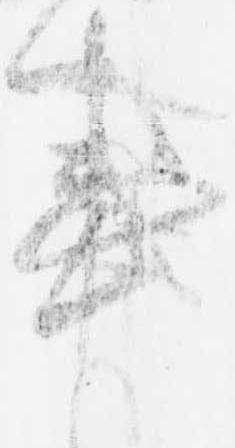
事